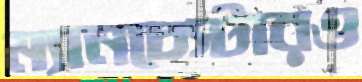
ম্যানচেস্টারও